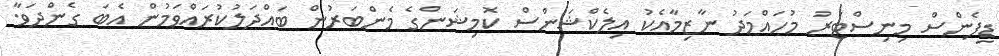
ޑިފެންސް މިނިސްޓަރު މުހައްމަދު ނާޒިމާއެކު އިލެކްޝަންސް ކޮމިޝަންގެ މެންބަރުން ބައްދަލުކުރައްވަމުން އެބަ ގެންދަވާ.